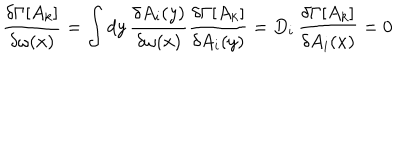
LaTeX: \frac { \delta \Gamma [ A _ { k } ] } { \delta \omega ( x ) } = \int d y \, \frac { \delta A _ { i } ( y ) } { \delta \omega ( x ) } \frac { \delta \Gamma [ A _ { k } ] } { \delta A _ { i } ( y ) } = D _ { i } \, \frac { \delta \Gamma [ A _ { k } ] } { \delta A _ { i } ( x ) } = 0